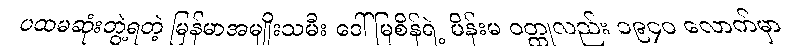
ပထမဆုံးဘွဲ့ရတဲ့ မြန်မာအမျိုးသမီး ဒေါ်မြစိန်ရဲ့ မိန်းမ ဝတ္ထုလည်း ၁၉၄၀ လောက်မှာ